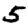
Digit: 5